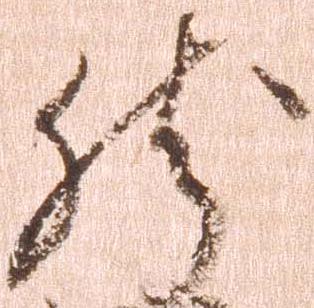
然